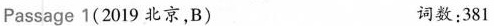
Passage 1(2019 北京,B) 词数:381